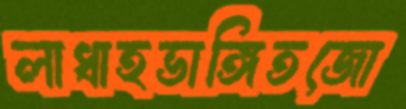
লাধাহভাঙ্গিতজো